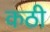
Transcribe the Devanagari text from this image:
कठी